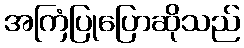
အကြံပြုပြောဆိုသည်